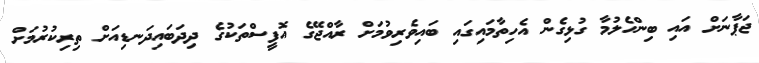
ޖަޕާނަށް އައި ބިންހެލުމާ ގުޅިގެން އެހިތާމައިގައި ބައިވެރިވުމަށް ރާއްޖޭގެ އޮފީސްތަކުގެ ދިދަބައިދަނޑިއަށް ތިރިކުރުމަށް